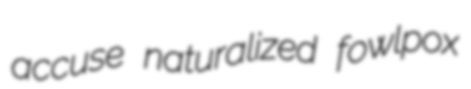
accuse naturalized fowlpox